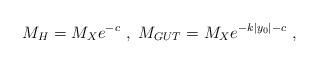
LaTeX: \begin{align*}M_{H} = M_X e^{- c} ~,~ M_{GUT}=M_X e^{-k |y_0| - c} ~,~\,\end{align*}